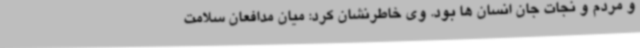
و مردم و نجات جان انسان ها بود. وی خاطرنشان کرد: میان مدافعان سلامت